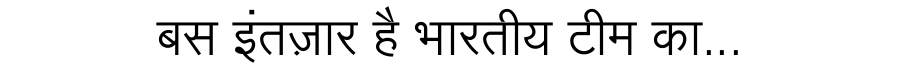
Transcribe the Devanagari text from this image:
बस इंतज़ार है भारतीय टीम का...